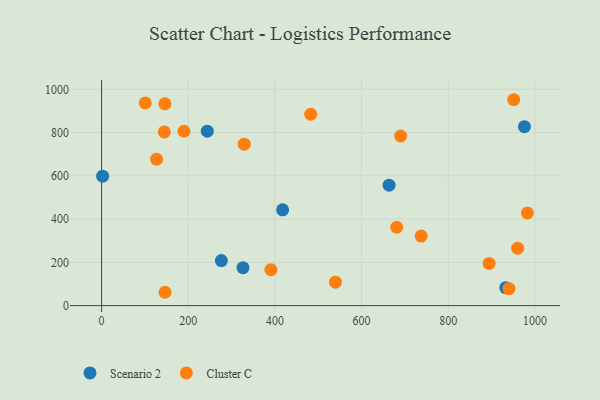
{"axis": {"x": "Ad Spend", "y": "Demand"}, "legend": ["Cluster C", "Scenario 2"], "data": [{"x": "932.6", "y": 82.8, "type": "Scenario 2"}, {"x": "417.7", "y": 442.9, "type": "Scenario 2"}, {"x": "663.4", "y": 556.7, "type": "Scenario 2"}, {"x": "243.9", "y": 806.7, "type": "Scenario 2"}, {"x": "276.4", "y": 208.3, "type": "Scenario 2"}, {"x": "2.4", "y": 598.5, "type": "Scenario 2"}, {"x": "326.3", "y": 175.6, "type": "Scenario 2"}, {"x": "975.7", "y": 827.5, "type": "Scenario 2"}, {"x": "100.8", "y": 937.2, "type": "Cluster C"}, {"x": "482.6", "y": 884.9, "type": "Cluster C"}, {"x": "681.0", "y": 362.4, "type": "Cluster C"}, {"x": "190.1", "y": 806.2, "type": "Cluster C"}, {"x": "390.7", "y": 166.2, "type": "Cluster C"}, {"x": "144.7", "y": 803.3, "type": "Cluster C"}, {"x": "539.6", "y": 108.6, "type": "Cluster C"}, {"x": "329.1", "y": 746.7, "type": "Cluster C"}, {"x": "146.0", "y": 933.2, "type": "Cluster C"}, {"x": "690.1", "y": 784.3, "type": "Cluster C"}, {"x": "982.5", "y": 428.7, "type": "Cluster C"}, {"x": "940.0", "y": 78.5, "type": "Cluster C"}, {"x": "126.9", "y": 676.8, "type": "Cluster C"}, {"x": "894.2", "y": 195.1, "type": "Cluster C"}, {"x": "951.0", "y": 952.0, "type": "Cluster C"}, {"x": "737.5", "y": 321.6, "type": "Cluster C"}, {"x": "146.4", "y": 61.7, "type": "Cluster C"}, {"x": "960.1", "y": 265.4, "type": "Cluster C"}]}